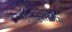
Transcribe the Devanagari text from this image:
१५३२किमि